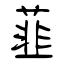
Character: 韮